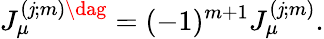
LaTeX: J_{\mu}^{(\mathit{j};m)\dag}=(-1)^{m+1}J_{\mu}^{(\mathit{j};m)}.